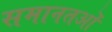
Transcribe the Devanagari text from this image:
समानतओं